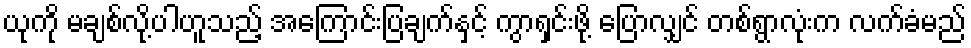
ယုကို မချစ်လို့ပါဟူသည့် အကြောင်းပြချက်နှင့် ကွာရှင်းဖို့ ပြောလျှင် တစ်ရွာလုံးက လက်ခံမည်